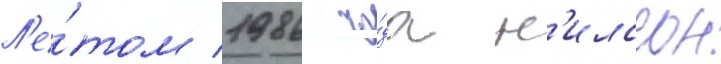
Л'е́том 1986 го́да н'илссон